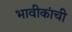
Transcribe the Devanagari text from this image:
भावीकांची